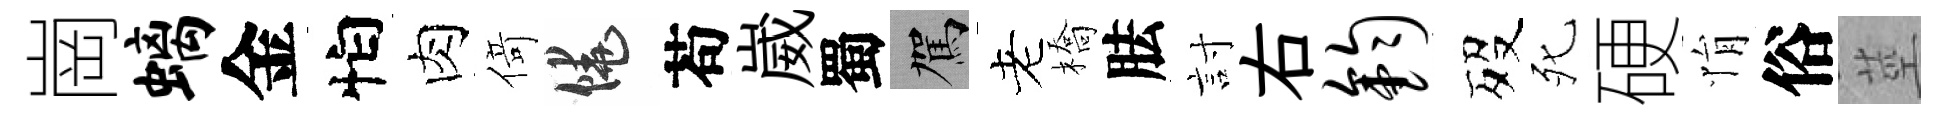
崗螭金怕肉𠋣饒苟崴蜀駕老橋胠討右钧歿死硬悁俗莖